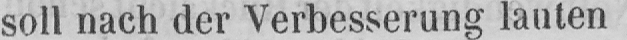
soll nach der Verbesserung lauten